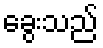
ခွေးသည်